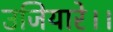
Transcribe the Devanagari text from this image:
उजियारे।।